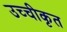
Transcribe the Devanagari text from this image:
उच्‍चीकृत